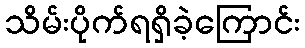
သိမ်းပိုက်ရရှိခဲ့ကြောင်း